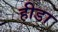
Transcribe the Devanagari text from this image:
हीडा